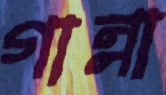
গান্না